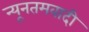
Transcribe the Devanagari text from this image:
न्यूनतमवादी